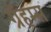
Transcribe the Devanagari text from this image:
ग्रॅहम्स